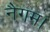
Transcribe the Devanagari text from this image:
नैगम।